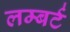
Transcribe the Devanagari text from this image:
लम्बर्ट